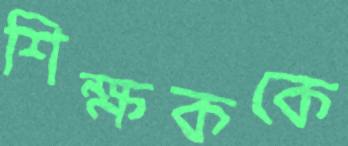
শিক্ষককে